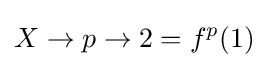
X\to p\to 2=f^{p}(1)